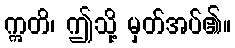
ဣတိ၊ ဤသို့ မှတ်အပ်၏။